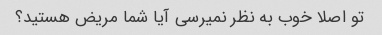
تو اصلا خوب به نظر نمیرسی آیا شما مریض هستید؟